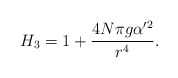
\begin{align*}H_3= 1+ {4N\pi g \alpha^{\prime 2}\over r^4 }.\end{align*}